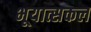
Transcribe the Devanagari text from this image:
भूयात्सकल